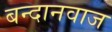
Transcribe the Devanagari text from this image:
बन्दानवाज